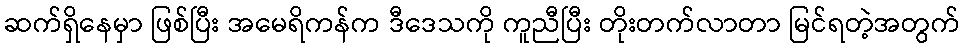
ဆက်ရှိနေမှာ ဖြစ်ပြီး အမေရိကန်က ဒီဒေသကို ကူညီပြီး တိုးတက်လာတာ မြင်ရတဲ့အတွက်